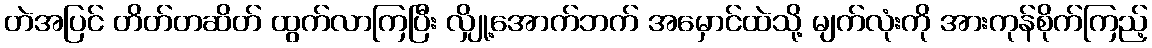
တဲအပြင် တိတ်တဆိတ် ထွက်လာကြပြီး လျှို့အောက်ဘက် အမှောင်ထဲသို့ မျက်လုံးကို အားကုန်စိုက်ကြည့်